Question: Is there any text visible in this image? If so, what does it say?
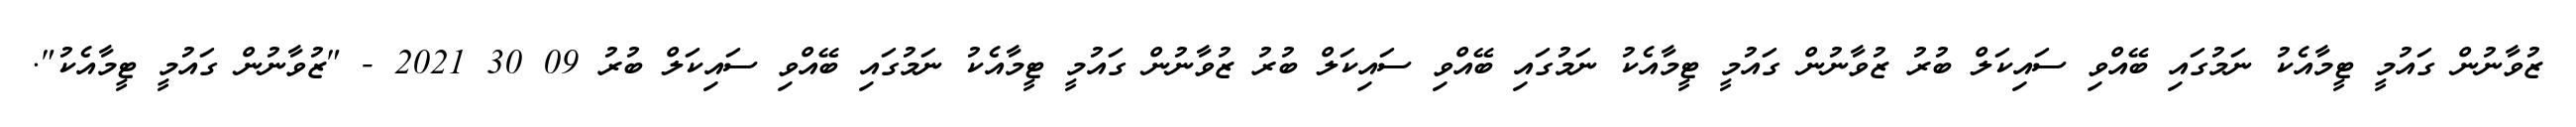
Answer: ޒުވާނުން ގައުމީ ޓީމާއެކު ނަމުގައި ބޭއްވި ސައިކަލް ބުރު ޒުވާނުން ގައުމީ ޓީމާއެކު ނަމުގައި ބޭއްވި ސައިކަލް ބުރު ޒުވާނުން ގައުމީ ޓީމާއެކު ނަމުގައި ބޭއްވި ސައިކަލް ބުރު 09 30 2021 - "ޒުވާނުން ގައުމީ ޓީމާއެކު".